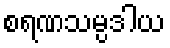
စရဏသမ္ပဒါယ